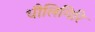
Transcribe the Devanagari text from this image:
धौलिगिरि